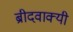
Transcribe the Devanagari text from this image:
ब्रीदवाक्यी